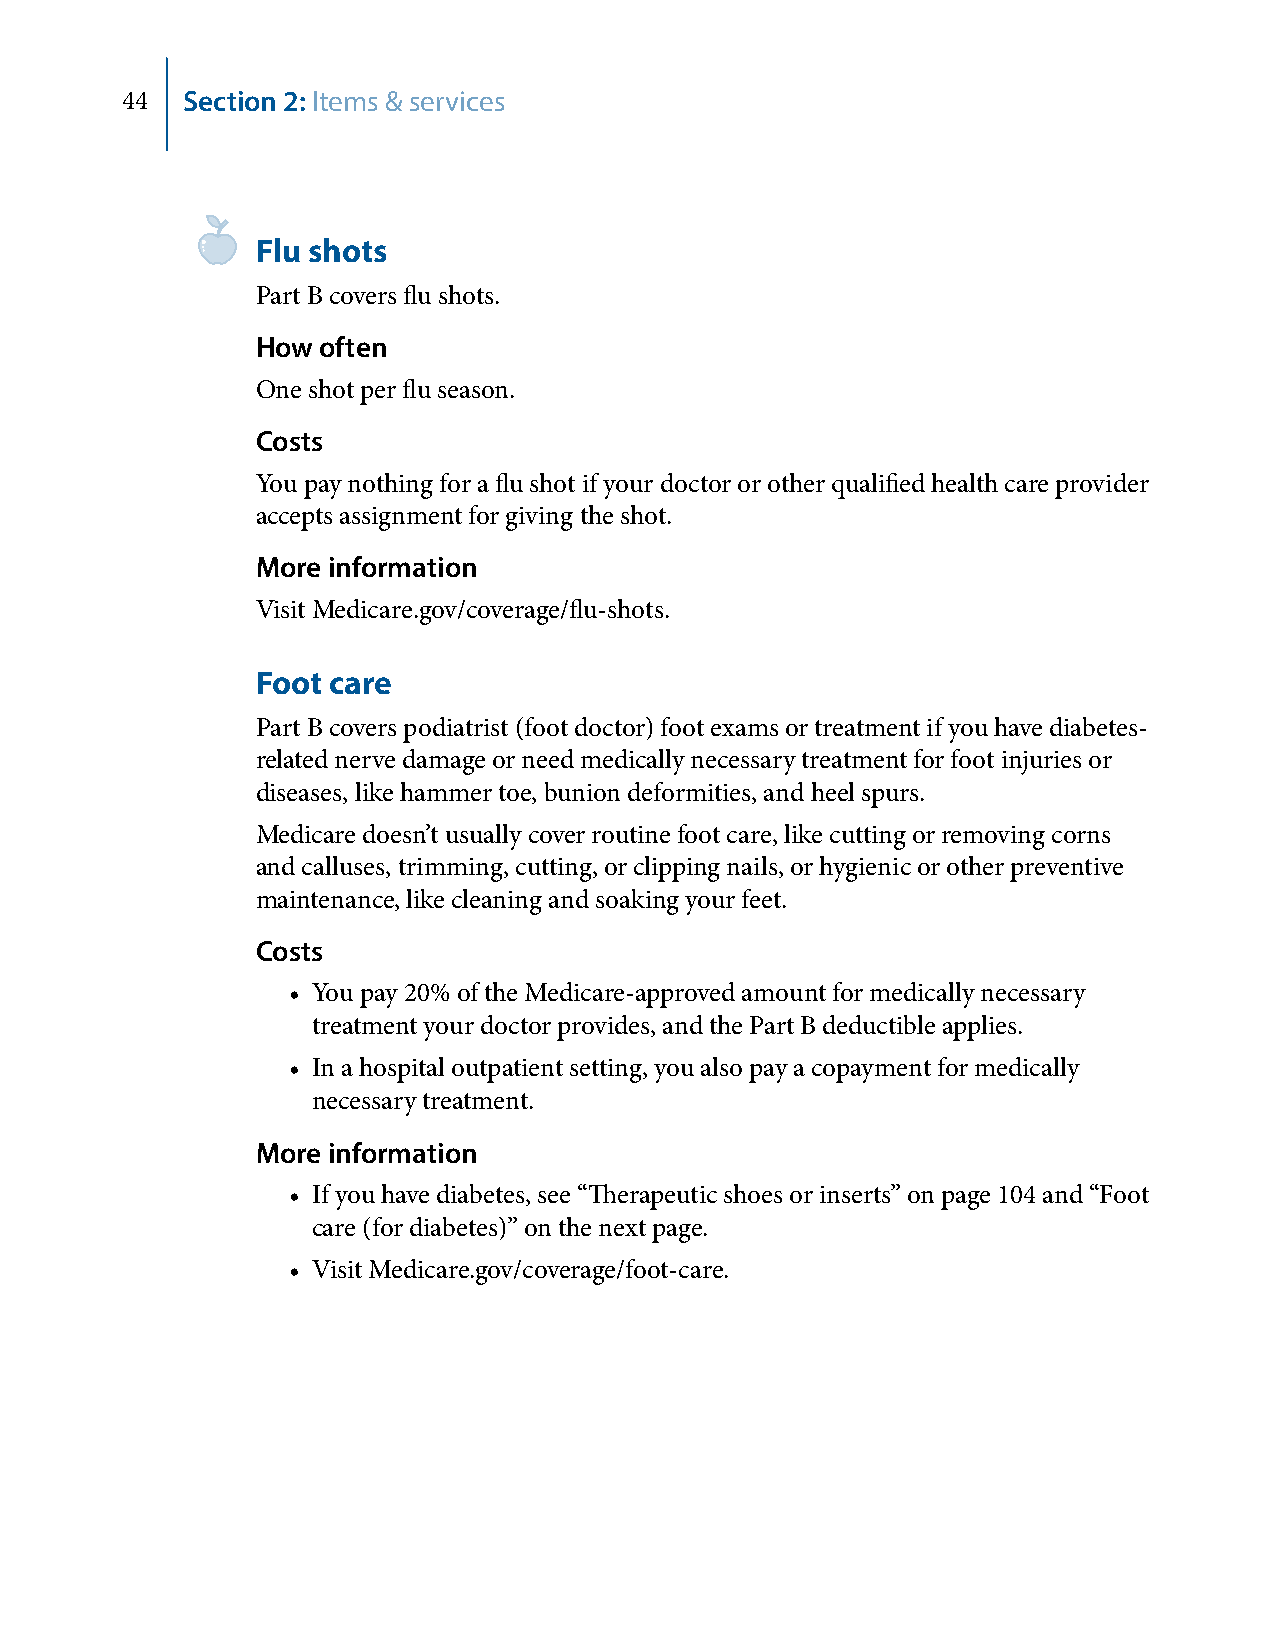
44  Section 2: Items & services
 Flu shots
 Part B covers flu shots.
 How often
 One shot per flu season.
 Costs
 You pay nothing for a flu shot if your doctor or other qualified health care provider
 accepts assignment for giving the shot.
 More information
 Visit Medicare.gov/coverage/flu-shots.
 Foot care
 Part B covers podiatrist (foot doctor) foot exams or treatment if you have diabetes-
 related nerve damage or need medically necessary treatment for foot injuries or
 diseases, like hammer toe, bunion deformities, and heel spurs.
 Medicare doesn’t usually cover routine foot care, like cutting or removing corns
 and calluses, trimming, cutting, or clipping nails, or hygienic or other preventive
 maintenance, like cleaning and soaking your feet.
 Costs
 • You pay 20% of the Medicare-approved amount for medically necessary
 treatment your doctor provides, and the Part B deductible applies.
 • In a hospital outpatient setting, you also pay a copayment for medically
 necessary treatment.
 More information
 • If you have diabetes, see “Therapeutic shoes or inserts” on page 104 and “Foot
 care (for diabetes)” on the next page.
 • Visit Medicare.gov/coverage/foot-care.